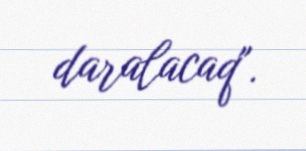
daralacaq".